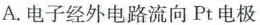
A.电子经外电路流向Pt电极